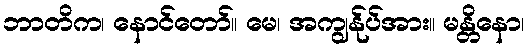
ဘာတိက၊ နောင်တော်။ မေ၊ အကျွန်ုပ်အား။ မန္တိနော၊